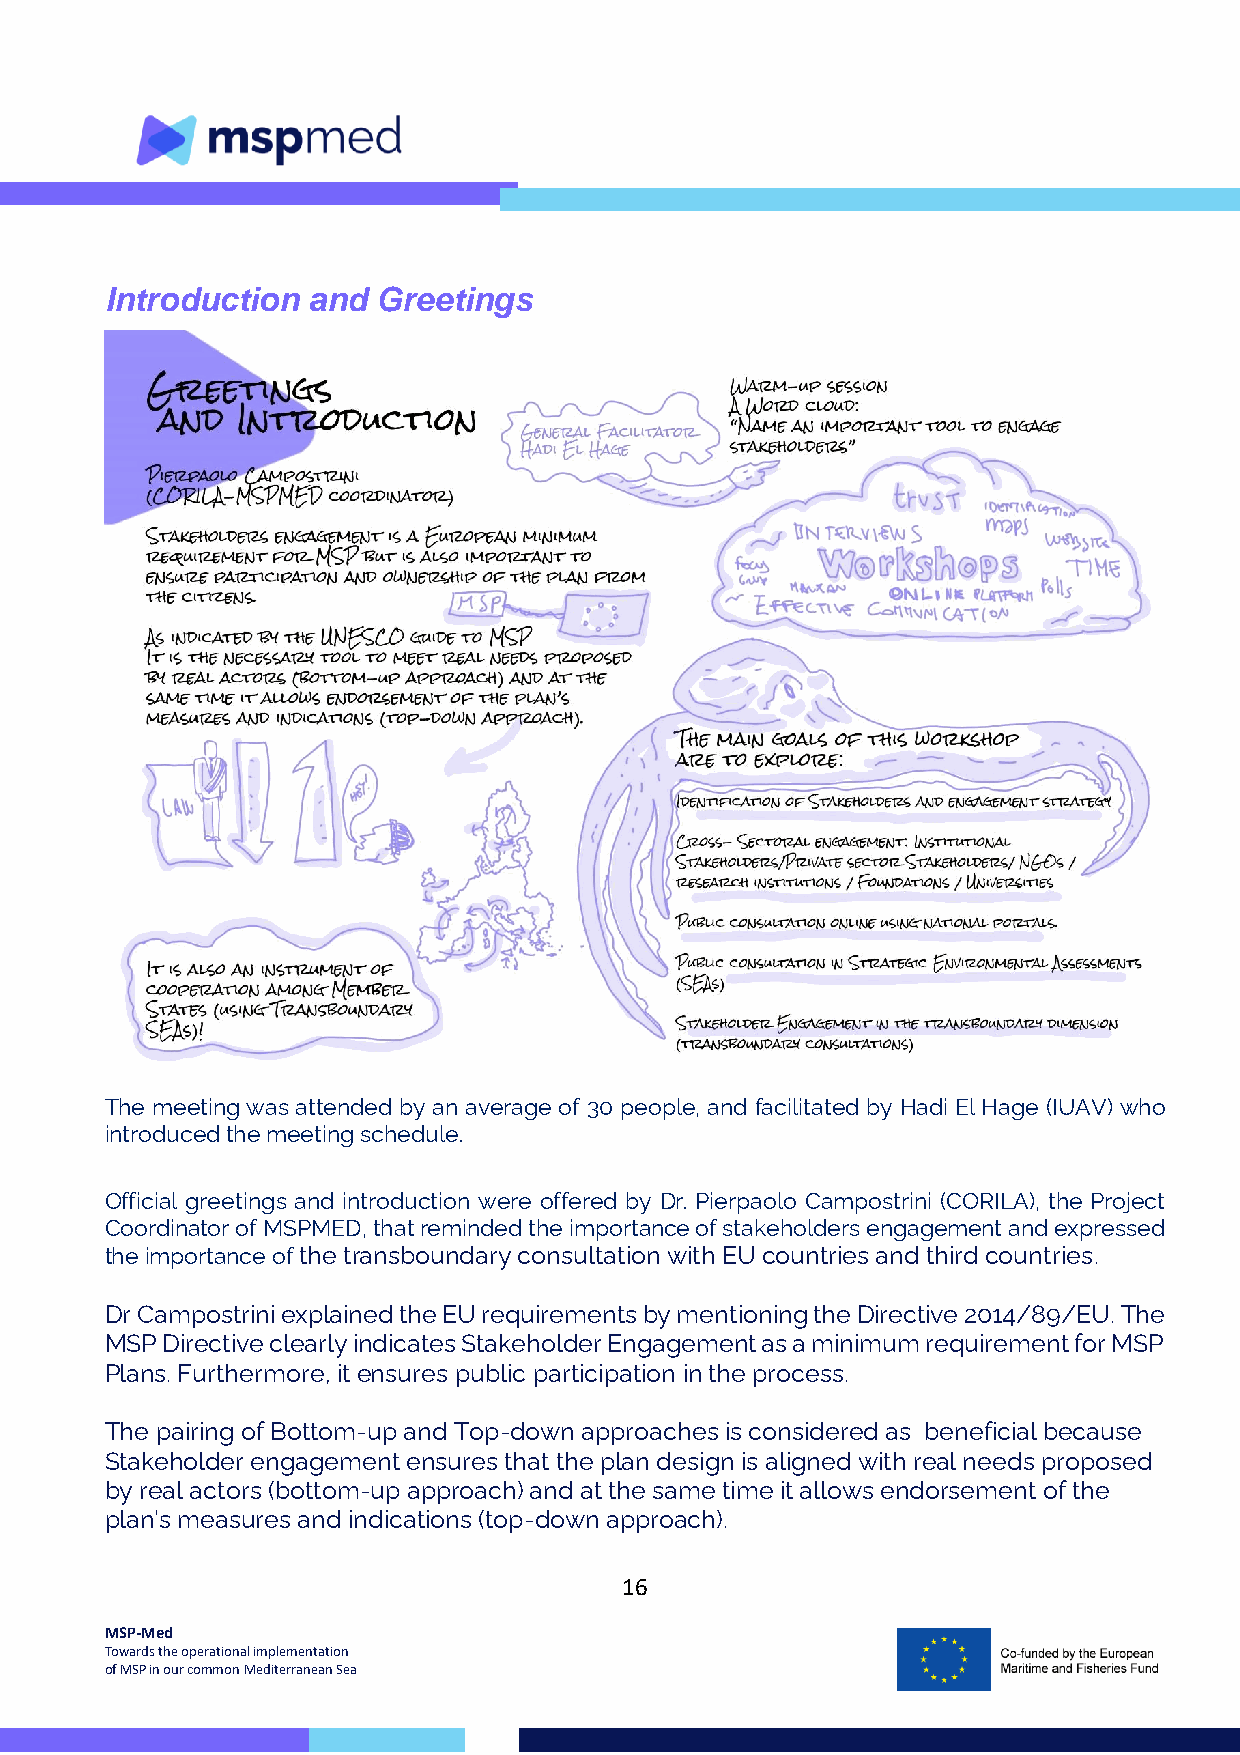
Introduction and  Greetings
 The meeting was attended by an average of 30 people, and facilitated by Hadi El Hage (IUAV) who
 introduced the meeting schedule.
 Official greetings and introduction were offered by Dr. Pierpaolo Campostrini (CORILA), the Project
 Coordinator of MSPMED, that reminded the importance of stakeholders engagement and expressed
 the importance of the transboundary consultation with EU countries and third countries.
 Dr Campostrini explained the EU requirements by mentioning the Directive 2014/89/EU. The
 MSP Directive clearly indicates Stakeholder Engagement as a minimum requirement for MSP
 Plans. Furthermore, it ensures public participation in the process.
 The pairing of Bottom-up and Top-down approaches is considered as beneficial because
 Stakeholder engagement ensures that the plan design is aligned with real needs proposed
 by real actors (bottom-up approach) and at the same time it allows endorsement of the
 plan’s measures and indications (top-down approach).
 16
 MSP-Med
 Towards the operational implementation
 of MSP in our common Mediterranean Sea